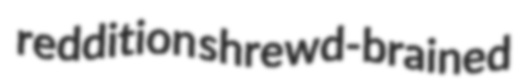
reddition shrewd-brained